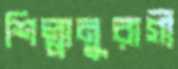
শিল্পানুরাগী